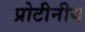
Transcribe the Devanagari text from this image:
प्रोटीनीय